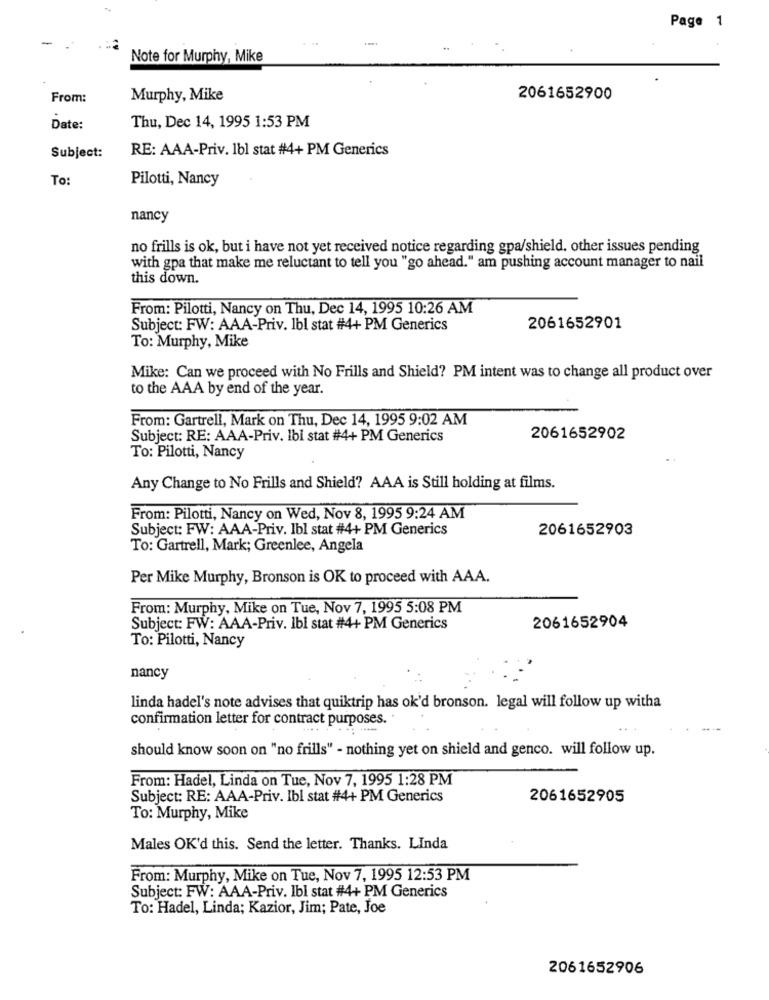
Page 1
Note for Murphy, Mike
From:
Murphy, Mike
2061652900
Date:
Thu, Dec 14, 1995 1:53 PM
RE: AAA-Priv. Ibl stat #4+ PM Generics
Subject:
To
Pilotti, Nancy
nancy
no frills is ok, but i have not yet received notice regarding gpa/shield. other issues pending
with gpa that make me reluctant to tell you "go ahead." am pushing account manager to nail
this down.
From: Pilotti, Nancy on Thu, Dec 14, 1995 10:26 AM
Subject: FW: AAA-Priv. Ibl stat #4+ PM Generics
2061652901
To: Murphy, Mike
Mike: Can we proceed with No Frills and Shield? PM intent was to change all product over
to the AAA by end of the year.
From: Gartrell, Mark on Thu, Dec 14, 1995 9:02 AM
Subject: RE: AAA-Priv. Ibi stat #4+ PM Generics
2061652902
To: Pilotti, Nancy
Any Change to No Frills and Shield? AAA is Still holding at films.
From: Pilotti, Nancy on Wed, Nov 8, 1995 9:24 AM
Subject: FW: AAA-Priv. Ibl stat #4+ PM Generics
2061652903
To: Gartrell, Mark; Greenlee, Angela
Per Mike Murphy, Bronson is OK to proceed with AAA.
From: Murphy, Mike on Tue, Nov 7, 1995 5:08 PM
Subject: FW: AAA-Priv. Ibl stat #4+ PM Generics
2061652904
To: Pilotti, Nancy
nancy
linda hadel's note advises that quiktrip has ok'd bronson. legal will follow up witha
confirmation letter for contract purposes."
should know soon on "no frills" - nothing yet on shield and genco. will follow up.
From: Hadel, Linda on Tue, Nov 7, 1995 1:28 PM
Subject: RE: AAA-Priv. Ibl stat #4+ PM Generics
2061652905
To: Murphy, Mike
Males OK'd this. Send the letter. Thanks. LInda
From: Murphy, Mike on Tue, Nov 7, 1995 12:53 PM
Subject: FW: AAA-Priv. Ibl stat #4+ PM Generics
To: Hadel, Linda; Kazior, Jim; Pate, Joe
2061652906